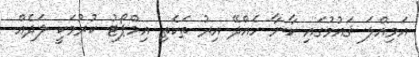
އަމިއްލަ ޤައުމުގައި ކާނާ ހެއްދޭ އިރު ތަކެތި އިމްޕޯޓު ކުރުމަކީ ލަދެއް